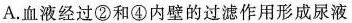
A.血液经过②和④内壁的过滤作用形成尿液